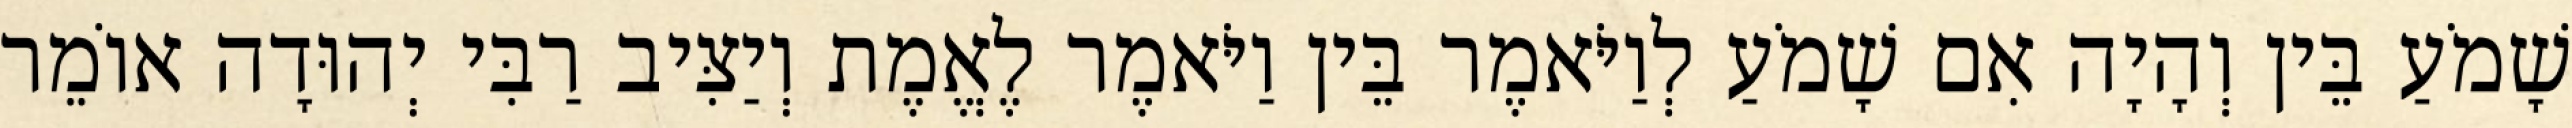
שָׁמֹעַ בֵּין וְהָיָה אִם שָׁמֹעַ לְוַיֹּאמֶר בֵּין וַיֹּאמֶר לֶאֱמֶת וְיַצִּיב רַבִּי יְהוּדָה אוֹמֵר